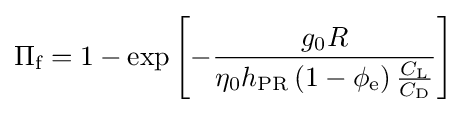
\Pi _{\text{f}}=1-\exp \left[-{\frac {g_{0}R}{\eta _{0}h_{\text{PR}}\left(1-\phi _{\text{e}}\right){\frac {C_{\text{L}}}{C_{\text{D}}}}}}\right]